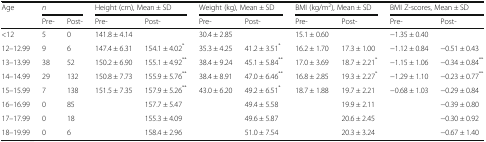
<table><thead><tr><td rowspan="2"><b>Age</b></td><td colspan="2"><b><i>n</i></b></td><td colspan="2"><b>Height (cm), Mean ± SD</b></td><td colspan="2"><b>Weight (kg), Mean ± SD</b></td><td colspan="2"><b>BMI (kg/m<sup>2</sup>), Mean ± SD</b></td><td colspan="2"><b>BMI Z-scores, Mean ± SD</b></td></tr><tr><td><b>Pre-</b></td><td><b>Post-</b></td><td><b>Pre-</b></td><td><b>Post-</b></td><td><b>Pre-</b></td><td><b>Post-</b></td><td><b>Pre-</b></td><td><b>Post-</b></td><td><b>Pre-</b></td><td><b>Post-</b></td></tr></thead><tbody><tr><td>&lt;12</td><td>5</td><td>0</td><td>141.8 ± 4.14</td><td></td><td>30.4 ± 2.85</td><td></td><td>15.1 ± 0.60</td><td></td><td>−1.35 ± 0.40</td><td></td></tr><tr><td>12–12.99</td><td>9</td><td>6</td><td>147.4 ± 6.31</td><td>154.1 ± 4.02<sup>*</sup></td><td>35.3 ± 4.25</td><td>41.2 ± 3.51<sup>*</sup></td><td>16.2 ± 1.70</td><td>17.3 ± 1.00</td><td>−1.12 ± 0.84</td><td>−0.51 ± 0.43</td></tr><tr><td>13–13.99</td><td>38</td><td>52</td><td>150.2 ± 6.90</td><td>155.1 ± 4.92<sup>**</sup></td><td>38.4 ± 9.24</td><td>45.1 ± 5.84<sup>**</sup></td><td>17.0 ± 3.69</td><td>18.7 ± 2.21<sup>*</sup></td><td>−1.15 ± 1.06</td><td>−0.34 ± 0.84<sup>**</sup></td></tr><tr><td>14–14.99</td><td>29</td><td>132</td><td>150.8 ± 7.73</td><td>155.9 ± 5.76<sup>**</sup></td><td>38.4 ± 8.91</td><td>47.0 ± 6.46<sup>**</sup></td><td>16.8 ± 2.85</td><td>19.3 ± 2.27<sup>*</sup></td><td>−1.29 ± 1.10</td><td>−0.23 ± 0.77<sup>**</sup></td></tr><tr><td>15–15.99</td><td>7</td><td>138</td><td>151.5 ± 7.35</td><td>157.9 ± 5.26<sup>**</sup></td><td>43.0 ± 6.20</td><td>49.2 ± 6.51<sup>*</sup></td><td>18.7 ± 1.88</td><td>19.7 ± 2.21</td><td>−0.68 ± 1.03</td><td>−0.29 ± 0.84</td></tr><tr><td>16–16.99</td><td>0</td><td>85</td><td></td><td>157.7 ± 5.47</td><td></td><td>49.4 ± 5.58</td><td></td><td>19.9 ± 2.11</td><td></td><td>−0.39 ± 0.80</td></tr><tr><td>17–17.99</td><td>0</td><td>18</td><td></td><td>155.3 ± 4.09</td><td></td><td>49.6 ± 5.87</td><td></td><td>20.6 ± 2.45</td><td></td><td>−0.30 ± 0.92</td></tr><tr><td>18–19.99</td><td>0</td><td>6</td><td></td><td>158.4 ± 2.96</td><td></td><td>51.0 ± 7.54</td><td></td><td>20.3 ± 3.24</td><td></td><td>−0.67 ± 1.40</td></tr></tbody></table>